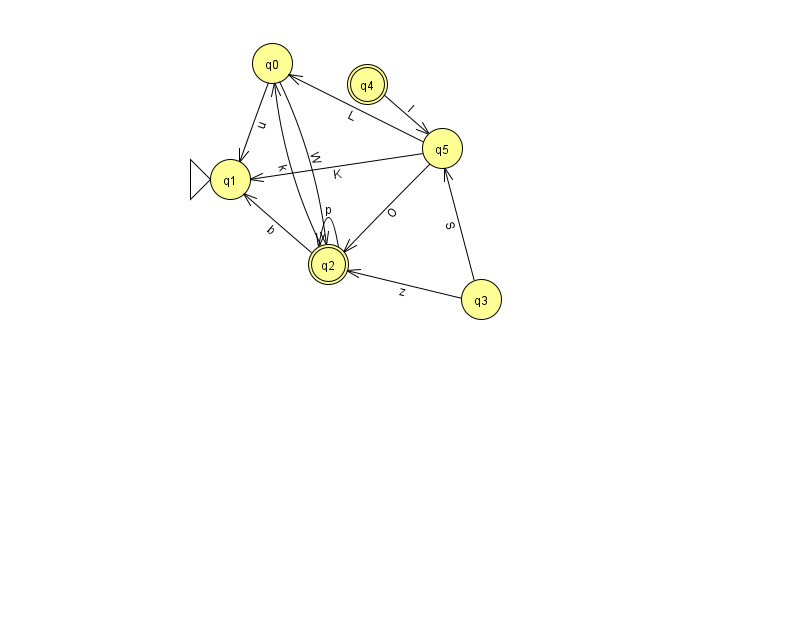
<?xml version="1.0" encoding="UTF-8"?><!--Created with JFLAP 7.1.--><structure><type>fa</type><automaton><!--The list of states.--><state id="0" name="q0"><x>272.0</x><y>50.0</y></state><state id="1" name="q1"><x>230.0</x><y>166.0</y><initial/></state><state id="2" name="q2"><x>328.0</x><y>251.0</y><final/></state><state id="3" name="q3"><x>481.0</x><y>286.0</y></state><state id="4" name="q4"><x>367.0</x><y>71.0</y><final/></state><state id="5" name="q5"><x>442.0</x><y>135.0</y></state><!--The list of transitions.--><transition><from>2</from><to>2</to><read>p</read></transition><transition><from>2</from><to>0</to><read>k</read></transition><transition><from>4</from><to>5</to><read>l</read></transition><transition><from>0</from><to>1</to><read>u</read></transition><transition><from>5</from><to>2</to><read>O</read></transition><transition><from>2</from><to>1</to><read>b</read></transition><transition><from>5</from><to>1</to><read>K</read></transition><transition><from>0</from><to>2</to><read>W</read></transition><transition><from>3</from><to>2</to><read>z</read></transition><transition><from>3</from><to>5</to><read>S</read></transition><transition><from>5</from><to>0</to><read>L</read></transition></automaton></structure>